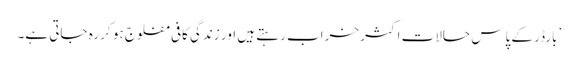
’بارڈر کے پاس حالات اکثر خراب رہتے ہیں اور زندگی کافی مفلوج ہو کر رہ جاتی ہے۔